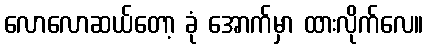
လောလောဆယ်တော့ ခုံ အောက်မှာ ထားလိုက်လေ။